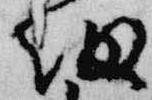
細